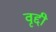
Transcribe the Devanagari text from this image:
वृद्दी